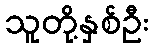
သူတို့နှစ်ဦး